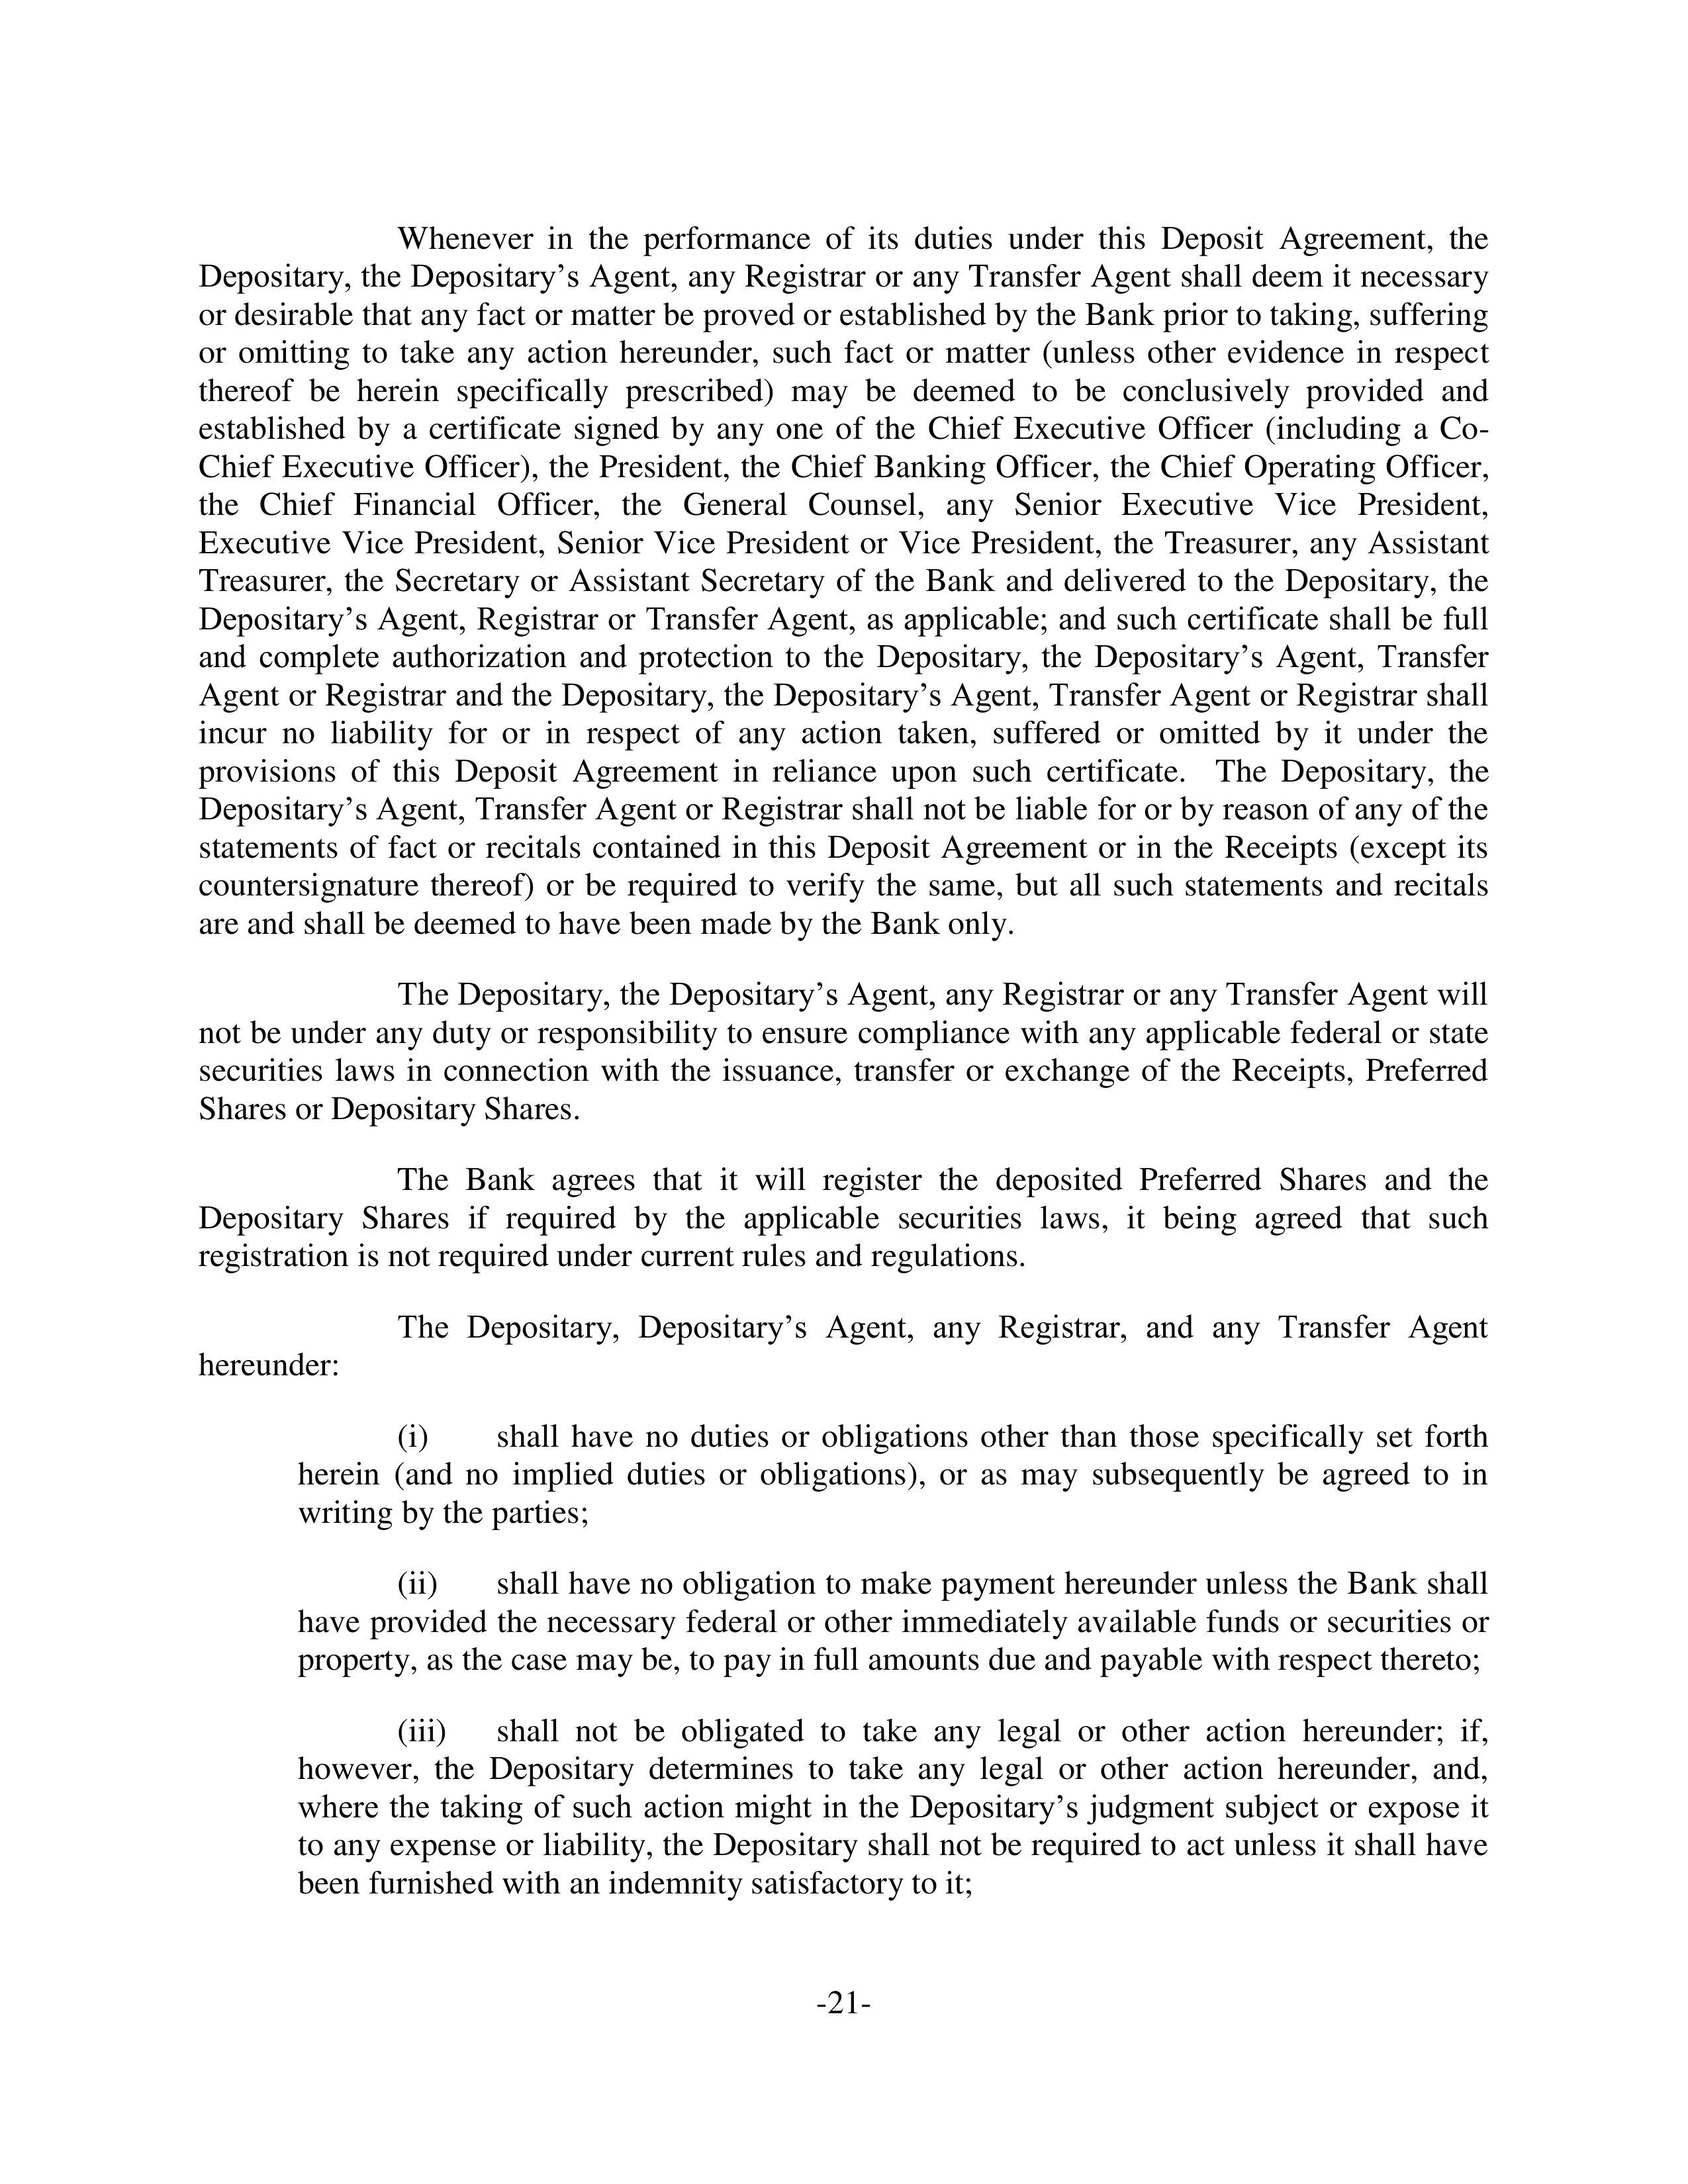
Whenever in the performance of its duties under this Deposit Agreement, the
Depositary, the Depositary’s Agent, any Registrar or any Transfer Agent shall deem it necessary
or desirable that any fact or matter be proved or established by the Bank prior to taking, suffering
or omitting to take any action hereunder, such fact or matter (unless other evidence in respect
thereof be herein specifically prescribed) may be deemed to be conclusively proved and
established by a certificate signed by any one of the Chief Executive Officer (including a Co-
Chief Executive Officer), the President, the Chief Banking Officer, the Chief Operating Officer,
the Chief Financial Officer, the General Counsel, any Senior Executive Vice President,
Executive Vice President, Senior Vice President or Vice President, the Treasurer, any Assistant
Treasurer, the Secretary or Assistant Secretary of the Bank and delivered to the Depositary, the
Depositary’s Agent, Registrar or Transfer Agent, as applicable; and such certificate shall be full
and complete authorization and protection to the Depositary, the Depositary’s Agent, Transfer
Agent or Registrar and the Depositary, the Depositary’s Agent, Transfer Agent or Registrar shall
incur no liability for or in respect of any action taken, suffered or omitted by it under the
provisions of this Deposit Agreement in reliance upon such certificate. The Depositary, the
Depositary’s Agent, Transfer Agent or Registrar shall not be liable for or by reason of any of the
statements of fact or recitals contained in this Deposit Agreement or in the Receipts (except its
countersignature thereof) or be required to verify the same, but all such statements and recitals
are and shall be deemed to have been made by the Bank only.

The Depositary, the Depositary’s Agent, any Registrar or any Transfer Agent will
not be under any duty or responsibility to ensure compliance with any applicable federal or state
securities laws in connection with the issuance, transfer or exchange of the Receipts, Preferred
Shares or Depositary Shares.

The Bank agrees that it will register the deposited Preferred Shares and the
Depositary Shares if required by the applicable securities laws, it being agreed that such
registration is not required under current rules and regulations.

The Depositary, Depositary’s Agent, any Registrar, and any Transfer Agent
hereunder:

        (i)        shall have no duties or obligations other than those specifically set forth
herein (and no implied duties or obligations), or as may subsequently be agreed to in
writing by the parties;

        (ii)       shall have no obligation to make payment hereunder unless the Bank shall
have provided the necessary federal or other immediately available funds or securities or
property, as the case may be, to pay in full amounts due and payable with respect thereto;

        (iii)      shall not be obligated to take any legal or other action hereunder; if,
however, the Depositary determines to take any legal or other action hereunder, and,
where the taking of such action might in the Depositary’s judgment subject or expose it
to any expense or liability, the Depositary shall not be required to act unless it shall have
been furnished with an indemnity satisfactory to it;

-21-